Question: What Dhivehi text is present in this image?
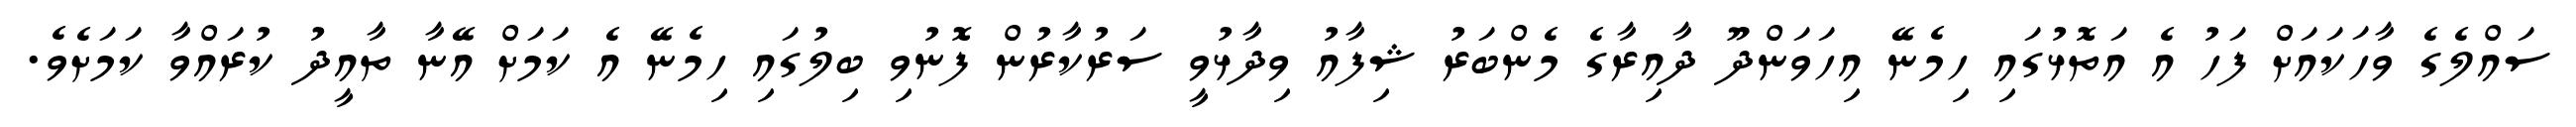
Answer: ސައްލެގެ ވާހަކައަށް ފަހު އެ އަތޮޅުގައި ހިމެނޭ އިހަވަންދޫ ދާއިރާގެ މެންބަރު ޝިފާއު ވިދާޅުވީ ސަރުކާރުން ފޮނުވި ބިލުގައި ހިމެނޭ އެ ކަމަށް އޭނާ ތާއީދު ކުރައްވާ ކަމަށެވެ.